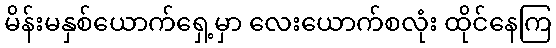
မိန်းမနှစ်ယောက်ရှေ့မှာ လေးယောက်စလုံး ထိုင်နေကြ